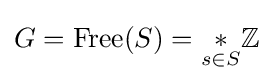
G={\text{Free}}(S)={\underset {s\in S}{*}}\mathbb {Z}